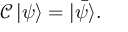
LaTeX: { \mathcal { C } } \, | \psi \rangle = | { \bar { \psi } } \rangle .